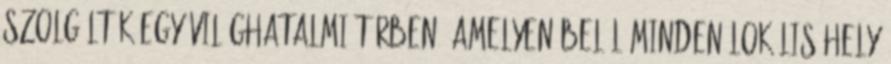
szolgálták egy világhatalmi térben, amelyen belül minden lokális hely